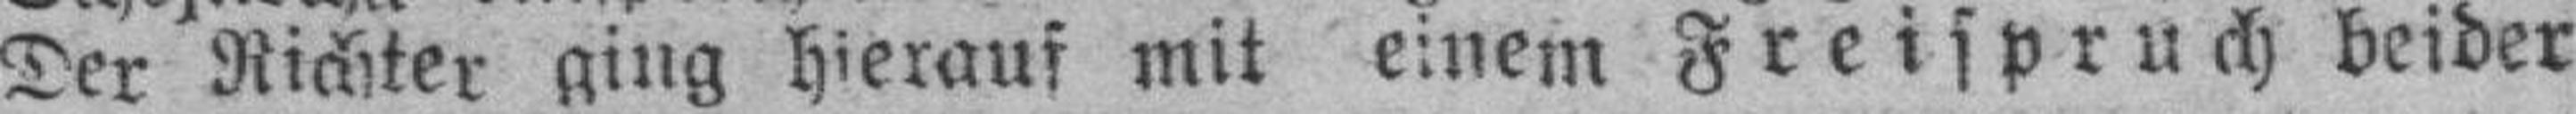
Der Richter ging hierauf mit einem Freispruch beider